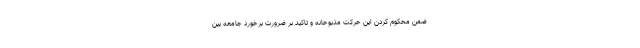
ضمن محکوم کردن این حرکت مذبوحانه و تاکید بر ضرورت برخورد جامعه بین